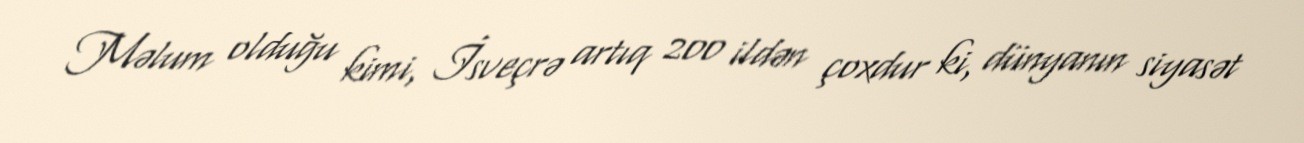
Məlum olduğu kimi, İsveçrə artıq 200 ildən çoxdur ki, dünyanın siyasət